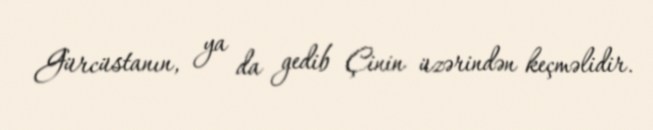
Gürcüstanın, ya da gedib Çinin üzərindən keçməlidir.